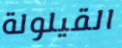
القيلولة